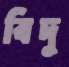
বিদু